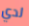
لدي